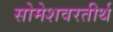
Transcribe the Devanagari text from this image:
सोमेशवरतीर्थ